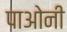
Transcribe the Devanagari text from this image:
पाओनी